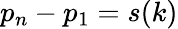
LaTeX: p_{n}-p_{1}=s(k)